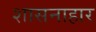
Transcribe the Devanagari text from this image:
शासनाहार